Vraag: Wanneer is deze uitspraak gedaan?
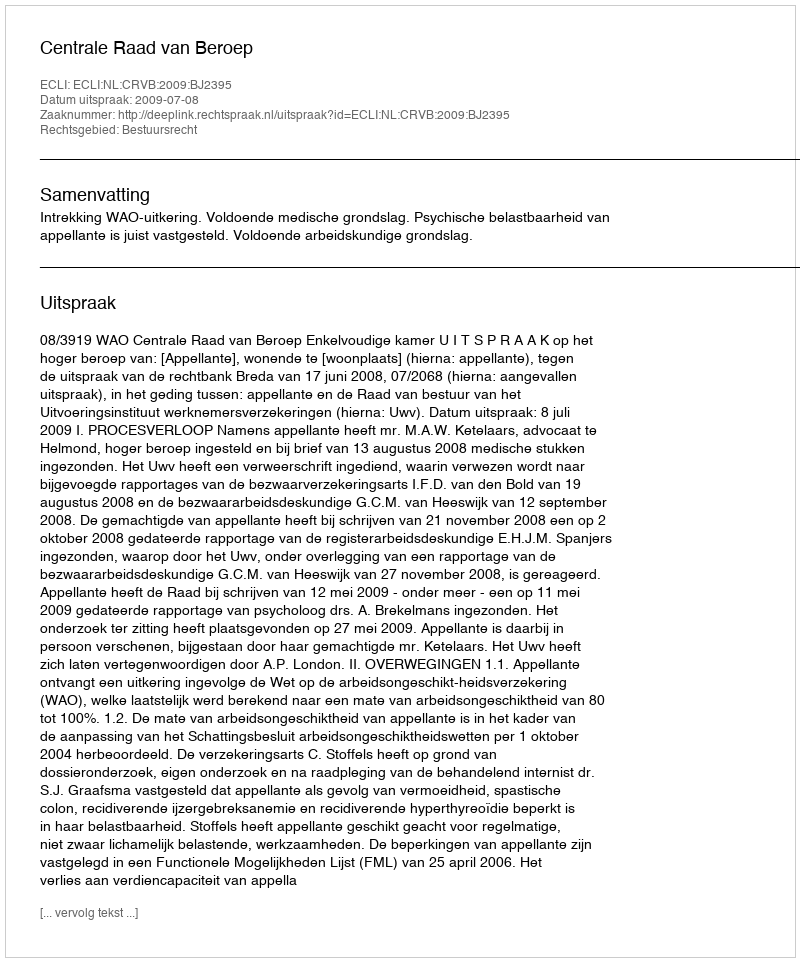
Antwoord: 2009-07-08